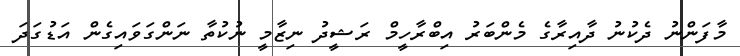
މާފަންނު ދެކުނު ދާއިރާގެ މެންބަރު އިބްރާހީމް ރަޝީދު ނިޒާމީ ނުކުތާ ނަންގަވައިގެން އަޑުގަދަ